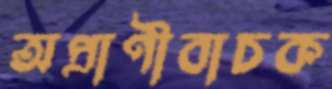
অপ্রাণীবাচক